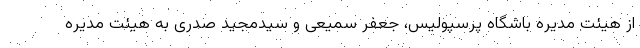
از هیئت مدیره باشگاه پرسپولیس، جعفر سمیعی و سیدمجید صدری به هیئت مدیره